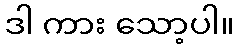
ဒါ ကား သော့ပါ။